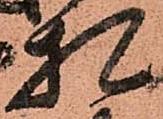
札